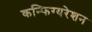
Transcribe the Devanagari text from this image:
कन्फिग्यरेशन